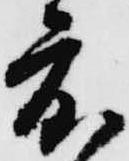
度